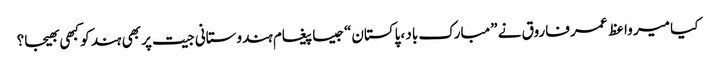
کیا میر واعظ عمر فاروق نے ”مبارک باد ،پاکستان“جیسا پیغام ہندوستانی جیت پر بھی ہند کو کبھی بھیجا؟